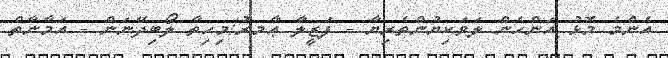
އެންމެ މޮޅު އަންހެން ލަވަކިޔުންތެރިޔާ - ފަޒީލާ ޢާމރު/މިހިތާ ލޯބިދޭނަން - އަމާނާތް